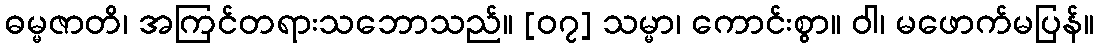
ဓမ္မဇာတိ၊ အကြင်တရားသဘောသည်။ [၀၇] သမ္မာ၊ ကောင်းစွာ။ ဝါ၊ မဖောက်မပြန်။